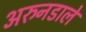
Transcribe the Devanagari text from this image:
अरुनडाले